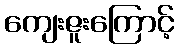
ကျေးဇူးကြောင့်